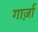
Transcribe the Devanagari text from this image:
गार्ज़ा